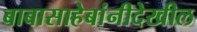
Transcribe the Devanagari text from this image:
बाबासाहेबांनीदेखील